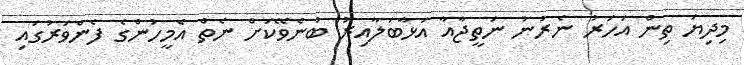
މިދިޔަ ތިން އަހަރު ނެރުނު ނަތީޖާއާ އަޅާބަލާއިރު ބުނެވޭކަށް ނެތް އެމީހުންގެ ފެންވަރުގައި